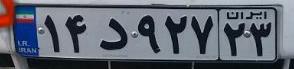
۱۴د۹۲۷۲۳